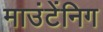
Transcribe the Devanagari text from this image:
माउंटेंनिग